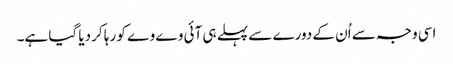
اسی وجہ سے اُن کے دورے سے پہلے ہی آئی وے وے کو رہا کر دیا گیا ہے۔